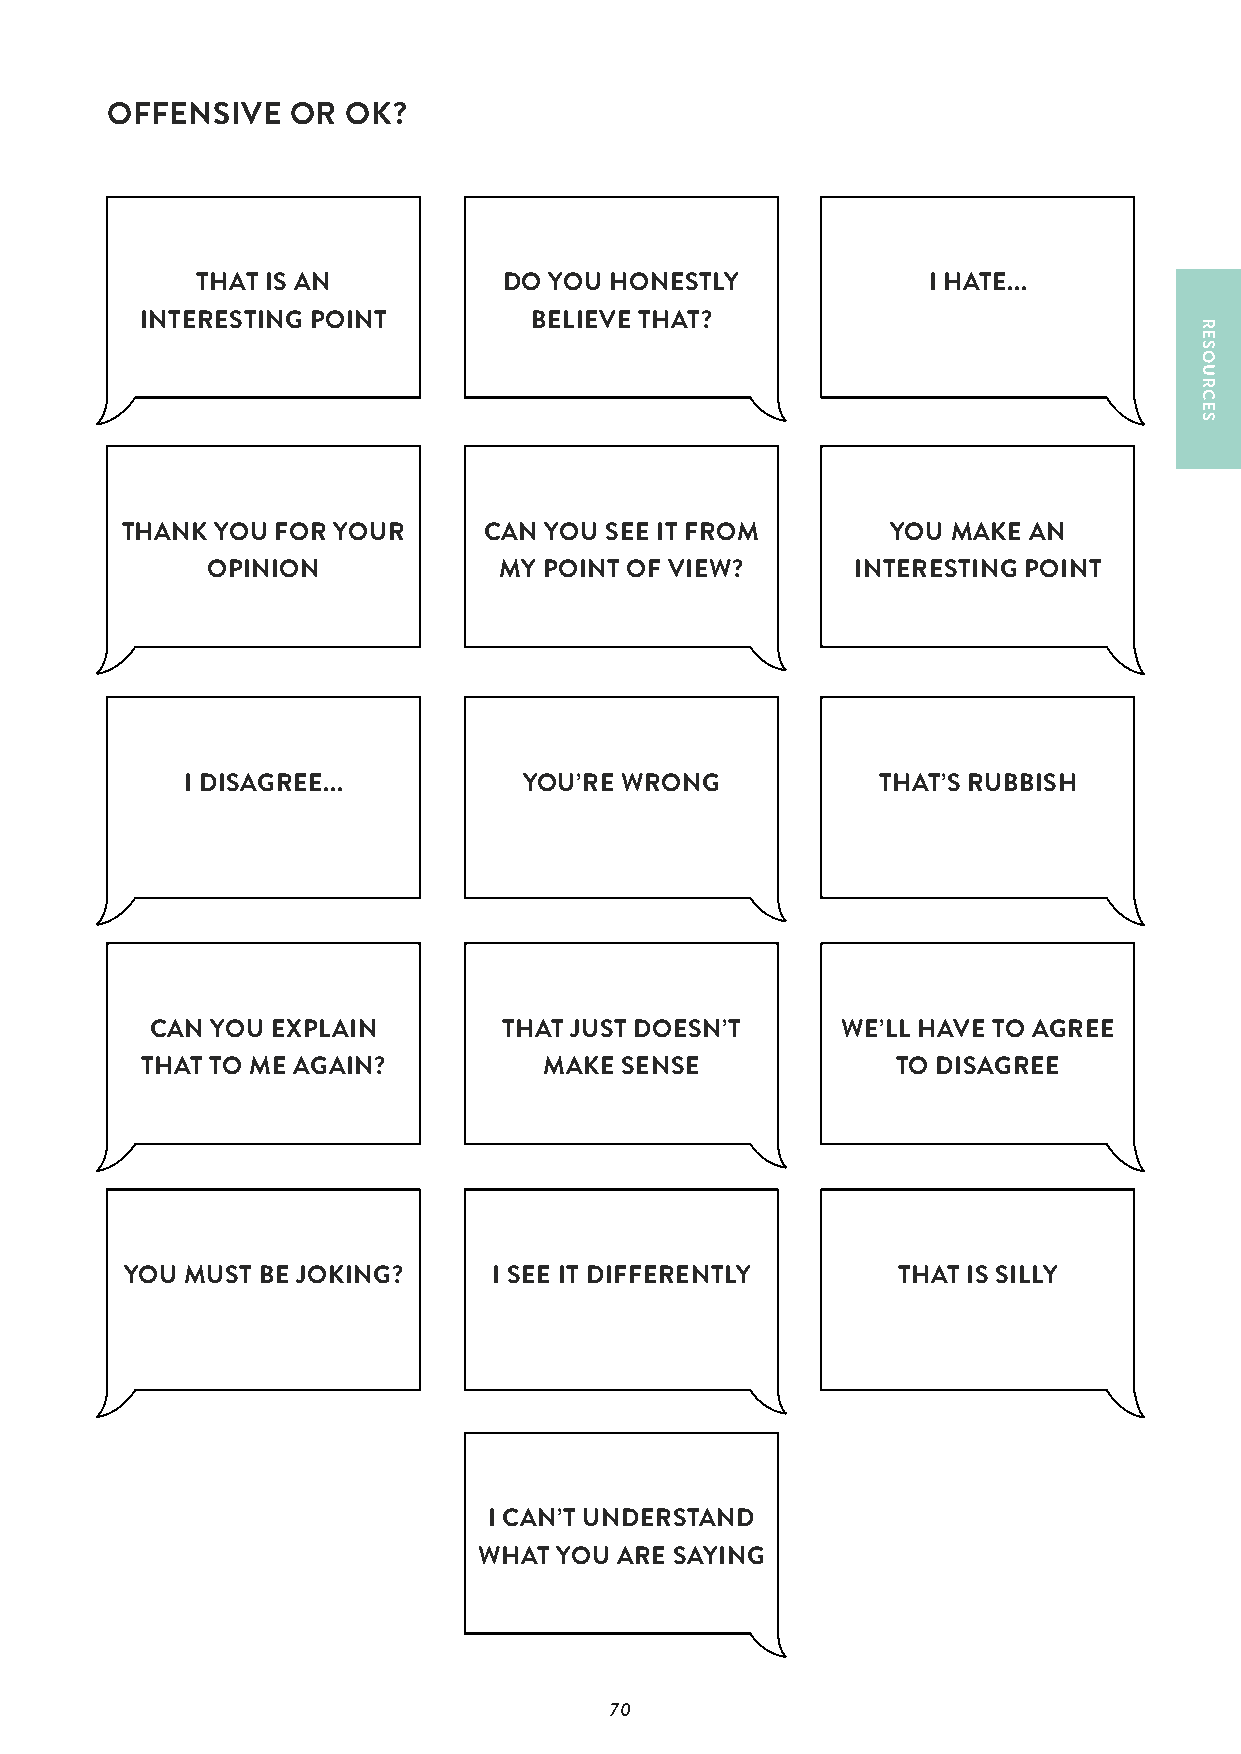
OFFENSIVE   OR  OK?
 THAT IS AN          DO YOU HONESTLY             I HATE...
 INTERESTING POINT         BELIEVE THAT?
 THANK YOU FOR YOUR      CAN YOU SEE IT FROM        YOU MAKE AN
 OPINION            MY POINT OF VIEW?       INTERESTING POINT
 I DISAGREE...          YOU’RE WRONG           THAT’S RUBBISH
 CAN YOU EXPLAIN        THAT JUST DOESN’T      WE’LL HAVE TO AGREE
 THAT TO ME AGAIN?          MAKE SENSE             TO DISAGREE
 YOU MUST BE JOKING?      I SEE IT DIFFERENTLY      THAT IS SILLY
 I CAN’T UNDERSTAND
 WHAT YOU ARE SAYING
 70
 RESOURCES